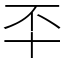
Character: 㔻